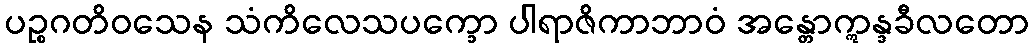
ပဉ္စဂတိဝသေန သံကိလေသပက္ခော ပါရာဇိကာဘာဝံ အန္တောဣန္ဒခီလတော